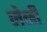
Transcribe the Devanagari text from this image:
जेळी